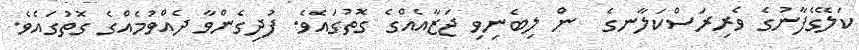
ކަލޭގެފާނުގެ ވެރިރަސްކަލާނގެ  ން ލިބެނިވި ޖަޒާއެއްގެ ގޮތުގައެވެ. ފުދިގެންވާ ދެއްވުމެއްގެ ގޮތުގައެވެ.